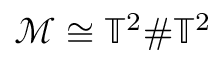
\mathcal { M } \cong \mathbb { T } ^ { 2 } \# \mathbb { T } ^ { 2 }